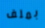
بملف